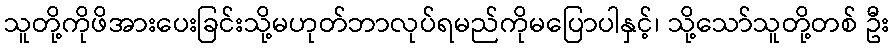
သူတို့ကိုဖိအားပေးခြင်းသို့မဟုတ်ဘာလုပ်ရမည်ကိုမပြောပါနှင့်၊ သို့သော်သူတို့တစ် ဦး